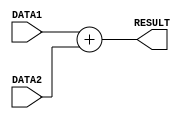
// Computer Architecture (CO224) - Lab 05 Part-1
// Design: ADD module
// Group: Group-49 
// Reg. No.: E/19/038 and E/19/256
`timescale 1ns/100ps

// Module for ADD unit
module ADD(DATA1, DATA2, RESULT);

	input [7:0] DATA1;    // Input data 1 for addition
    input [7:0] DATA2;    // Input data 2 for addition
	output [7:0] RESULT;  // Output result for addition
	
	//Assigns evaluated addition of DATA1 and DATA2 to RESULT after 2 time unit delay
	assign #2 RESULT = DATA1 + DATA2;
	
endmodule